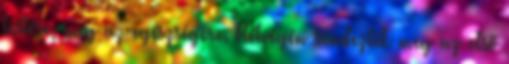
testére, meg az egészségére. Hétvégén rendezték meg az első